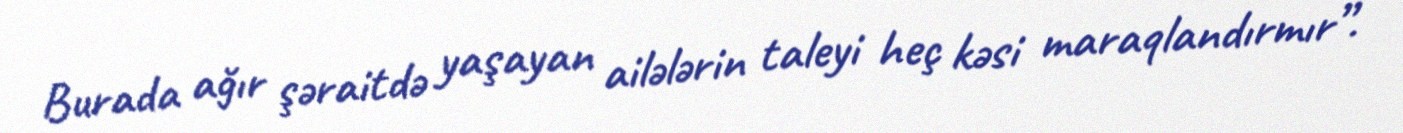
Burada ağır şəraitdə yaşayan ailələrin taleyi heç kəsi maraqlandırmır”.